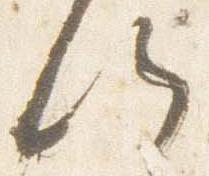
候